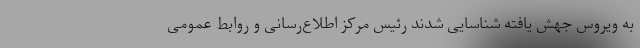
به ویروس جهش یافته شناسایی شدند رئیس مرکز اطلاع‌رسانی و روابط عمومی